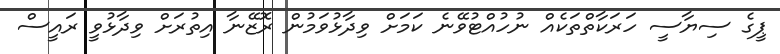
ޕީގެ ސިޔާސީ ހަރަކާތްތަކެއް ނުހުއްޓުވޭނެ ކަމަށް ވިދާޅުވަމުން ރޮޒޭނާ އިތުރަށް ވިދާޅުވީ ރައީސް